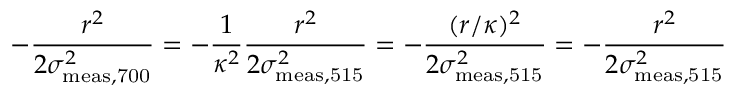
- \frac { r ^ { 2 } } { 2 \sigma _ { \mathrm { m e a s , 7 0 0 } } ^ { 2 } } = - \frac { 1 } { \kappa ^ { 2 } } \frac { r ^ { 2 } } { 2 \sigma _ { \mathrm { m e a s , 5 1 5 } } ^ { 2 } } = - \frac { ( r / \kappa ) ^ { 2 } } { 2 \sigma _ { \mathrm { m e a s , 5 1 5 } } ^ { 2 } } = - \frac { r ^ { 2 } } { 2 \sigma _ { \mathrm { m e a s , 5 1 5 } } ^ { 2 } }